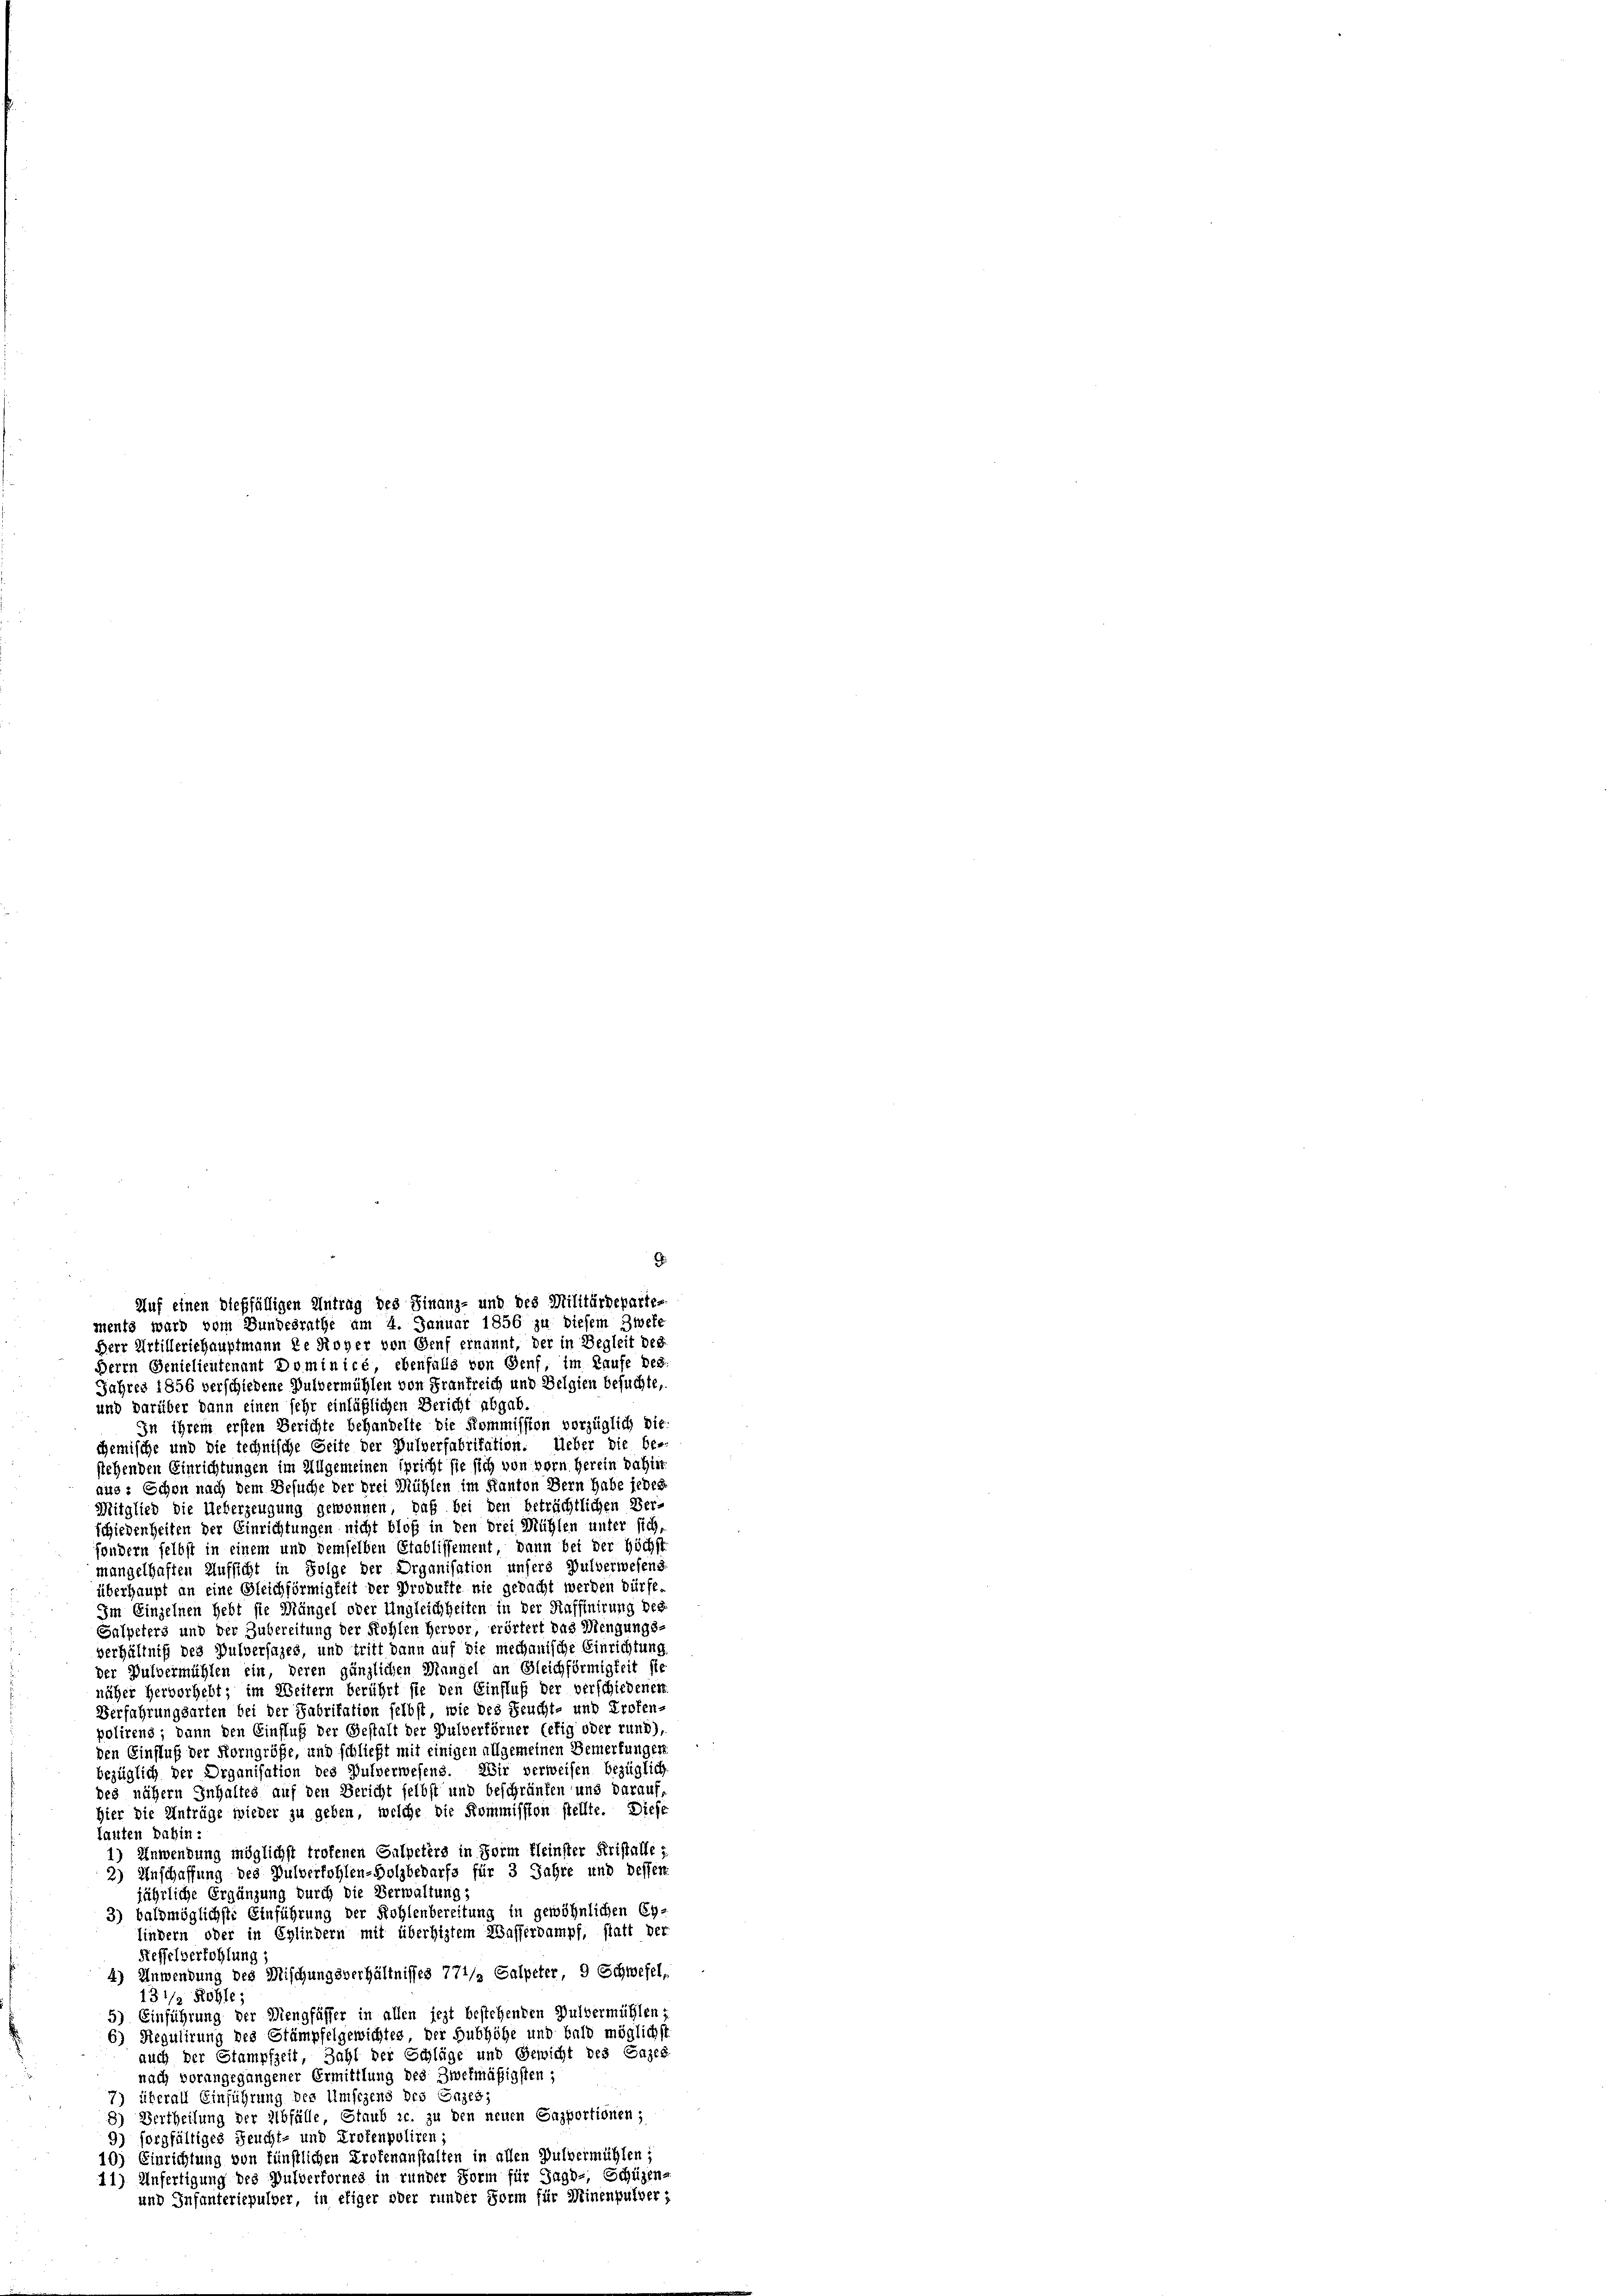
Jahres 1856 verschiedene Pulvermühlen von Frankreich und Belgien besuchte,
und darüber dann einen sehr einläßlichen Bericht abgab.
In ihrem ersten Berichte behandelte die Kommission vorzüglich die
chemische und die technische Seite der Pulverfabrikation. Ueber die be-
stehenden Einrichtungen im Allgemeinen Spricht sie sich von vorn herein dahin
aus: Schon nach dem Besuche der drei Mühlen im Kanton Bern habe jedes
Mitglied die Ueberzeugung gewonnen, daß bei den beträchtlichen Ver-
schiedenheiten der Einrichtungen nicht bloß in den drei Mühlen unter sich,
sondern selbst in einem und demselben Etablissement, dann bei der Höchst
mangelhaften Aufsicht in Folge der Organisation unsers Pulverwesens
überhaupt an eine Gleichförmigkeit der Produkte nie gedacht werden dürfe,
Im Einzelnen hebt sie Mängel oder Ungleichheiten in der Staffinirung des
Salpeters und der Zubereitung der Kohlen Hervor, erörtert das Mengungs-
verhältniß des Pulversages, und tritt dann auf die mechanische Einrichtung
der Pulvermühlen ein, deren gänzlichen Mangel an Gleichförmigkeit sie
näher hervorhebt; im Weitern berührt sie den Einfluß der verschiedenen
Verfahrungsarten bei der Fabritation selbst, wie des Feucht- und Profen-
poliren; dann den Einfluß der Gestalt der Pulverförner (etig oder rund)
den Einfluß der Korngröße, und schließt mit einigen allgemeinen Bemerkungen
bezüglich der Organisation des Pulverwesens. Wir verweisen bezüglich
des nähern Inhaltes auf den Bericht selbst und beschränken und darauf,
Hier die Anträge wieder zu geben, welche die Kommission stellte. Diese
lauten dahin:
1) Anwendung möglichst trotenen Salpeters in Form fleinster Fristalle,
2) Anschaffung des Pulverfohlen-Holzbedarfs für 3 Jahre und dessen
jährliche Ergänzung durch die Verwaltung;
3) baldmöglichste Einführung der Kohlenbereitung in gewöhnlichen Eylindern oder in Eglindern mit überhiztem Wasserdampf, statt der
Keffelverhohlung;
4) Anwendung des Mischungsverhältnisses 771/ Salpeter, 9 Schwefel,
13 1/2 Röhle,
5) Einführung der Mengfässer in allen jezt bestehenden Pulvermühlen;
6) Regulirung des Stämpfelgewichtes, der Hubhöhe und bald möglichst
auch der Stampfzeit, Zahl der Schläge und Gewicht des Cazes
nach vorangegangener Ermittlung des Zwekmäßigsten;
7) überall Einführung des Umsegens des Gazes;
Vertheilung der Abfälle, Staub ic. zu den neuen Sapportionen,
8.
9) sorgfältiges Feucht- und Profenpoliren;
10) Einrichtung von künstlichen Profenanstalten in allen Pulvermühlen;
11) Unfertigung des Pulverfornes in runder Form für Jagd-, Schüzen-
und Infanteriepulver, in efiger oder runder Form für Minenpulver,

Auf einen dießfälligen Antrag des Finanz- und des Militärdepartements ward vom Bundesrathe um 4. Januar 1856 zu diesem Zweke
Herr Artilleriehauptmann de Roher von Genf ernannt, der in Begleit des
Herrn Genielieutenant Dominicé, ebenfalls von Genf, im Laufe des

.